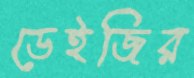
ডেইজির